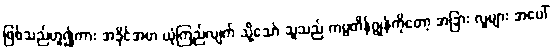
ဖြစ်သည်ဟူ၍ကား အခိုင်အမာ ယုံကြည်လျက် သို့သော် သူသည် ကပ္ပတိန်ဂျွန်ကိုတော့ အခြား လူများ အပေါ်